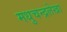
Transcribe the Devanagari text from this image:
मधुचन्द्रलेखा